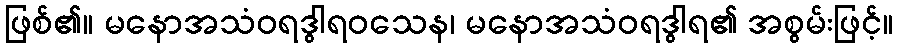
ဖြစ်၏။ မနောအသံဝရဒွါရဝသေန၊ မနောအသံဝရဒွါရ၏ အစွမ်းဖြင့်။